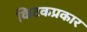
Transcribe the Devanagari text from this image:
किटकप्रकार